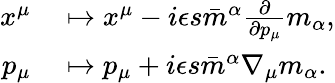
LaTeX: \begin{array}{rl}{x^{\mu}}&{{}\mapsto x^{\mu}-i\epsilon s\bar{m}^{\alpha}\frac{\partial}{\partial p_{\mu}}{m}_{\alpha},}\\ {p_{\mu}}&{{}\mapsto p_{\mu}+i\epsilon s\bar{m}^{\alpha}\nabla_{\mu}{m}_{\alpha}.}\end{array}